Philaematomyia insignis, Austen - Number 54
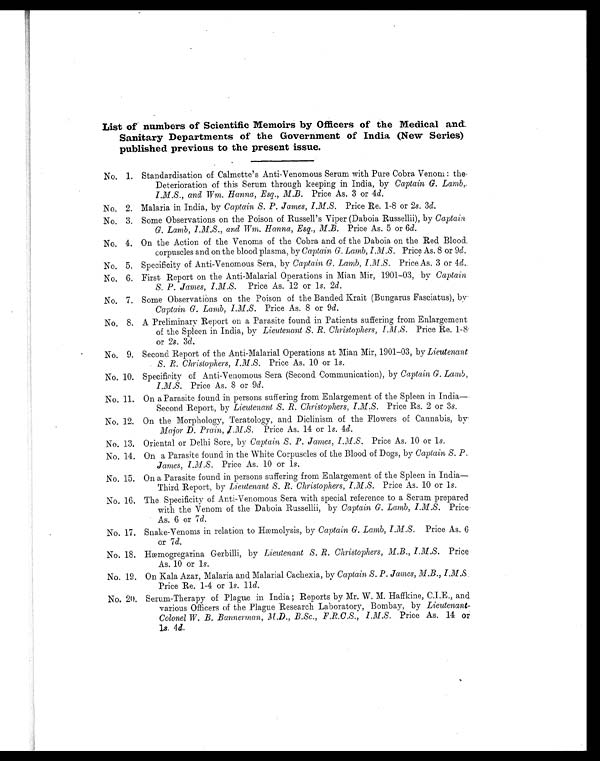
List of numbers of Scientific Memoirs by Officers of the Medical and.
Sanitary Departments of the Government of India (New Series)
published previous to the present issue.
No. 1. Standardisation of Calmette's Anti-Venomous Serum with Pure Cobra Venom : the
Deterioration of this Serum through keeping in India, by Captain G. Lamb
. I.M.S., and Wm. Hanna, Esq., M.B. Price As. 3 or 4d.
No. 2. Malaria in India, by Captain S. P. James, I.M.S. Price Re. 1-8 or 2s. 3d.
No. 3. Some Observations on the Poison of Russell's Viper (Daboia Russellii), by Captain
G. Lamb, I.M.S., and Wm. Hanna, Esq., M.B. Price As. 5 or 6 d.
No. 4. On the Action of the Venoms of the Cobra and of the Daboia on the Red Blood
corpuscles and on the blood plasma, by Captain G. Lamb, I.M.S. Price As. 8 or 9d.
No. 5. Specificity of Anti-Venomous Sera, by Captain G. Lamb, I.M.S. Price As. 3 or 4d.
No. 6. First Report on the Anti-Malarial Operations in Mian Mir, 1901-03, by Captain
S. P. James, I.M.S. Price As. 12 or is. 2 d.
No. 7. Some Observations on the Poison of the Banded Krait (Bungarus Fasciatus),
by Captain G. Lamb, I.M.S. Price As. 8 or 9d.
No. 8. A Preliminary Report on a Parasite found in Patients suffering from Enlargement
of the Spleen in India, by Lieutenant S. R. Christophers, I.M.S. Price Re. 1-8.
or 2s. 3d.
No. 9. Second Report of the Anti-Malarial Operations at Mian Mir, 1901-03, by Lieutenant
S. R. Christophers,I.M.S. Price As. 10 or 1s.
No. 10. Specificity of Anti-Venomous Sera (Second Communication), by Captain G. Lamb,
I.M.S. Price As. 8 or 9d.
No. 11. On a Parasite found in persons suffering from Enlargement of the Spleen in India
—Second Report, by Lieutenant S. R. Christophers, I.M.S. Price Rs. 2 or 3s.
No. 12. On the Morphology, Teratology, and Diclinism of the Flowers of Cannabis, by
Major D. Prain, I M.S. Price As. 14 or is. 4d.
No. 13. Oriental or Delhi Sore, by Captain S. P. James, I.M.S . Price As. 10 or 1s.
No. 14. On a Parasite found in the White Corpuscles of the Blood of Dogs, by Captain S. P.
James, I.M.S. Price As. 10 or 1s.
No. 15. On a Parasite found in persons suffering from Enlargement of the Spleen in India
—Third Report, by Lieutenant S. R. Christophers, I.M.S. Price As. 10 or 1s.
No. 16. The Specificity of Anti-Venomous Sera with special reference to a Serum prepared
with the Venom of the Daboia Russellii, by Captain G. Lamb, I.M.S. Price
As. 6 or 7d.
No. 17. Snake-Venoms in relation to Hæinolysis, by Captain G. Lamb, I.M.S . Price As. 6
or 7d.
No. 18. Hæmogregarina Gerbilli, by Lieutenant S. R. Christophers, M.B., I.M.S. Price
As. 10 or 1s.
No. 19. On Kala Azar, Malaria and Malarial Cachexia, by Captain S. P. James, M.B., I.M.S.
Price Re. 1-4 or 1s. 11d.
No. 20. Serum-Therapy of Plague in India Reports by Mr. W. M. Haffkine, C.I.E., and
various Officers of the Plague Research Laboratory, Bombay, by Lieutenant-
Colonel W. B. Bannerman, M.D., B.Sc., F.R.C.S., I.M.S. Price As. 14 or
1s. 4 d.